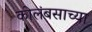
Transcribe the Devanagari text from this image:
कोलंबसाच्या